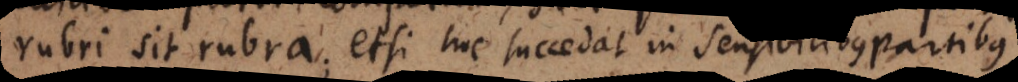
rubri sit rubra; etsi hoc succedat in sensibilibus partibu